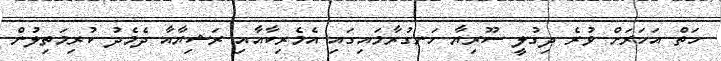
ހަތް އަހަަރަށް ވުރެ ދިގުލީ ސޫރިޔާ ހަނގުރާމައިގައި އެމެރިކާއާއި ރަޝިޔާއާ ދެމެދު ކުރިމަތިލުން